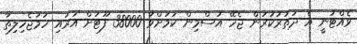
ވެއްޓުނީ އެ ދަތުރުކުރަން ޖެހޭ އުސްމިން ކަމަށްވާ 38000 ފޫޓަށް އަރައި ހަމަޖެހިލިތާ